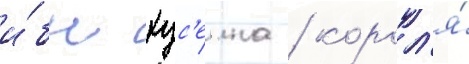
и́бн хус'еина / корол'я́